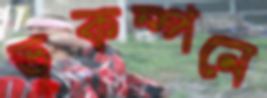
ভূকম্পনে